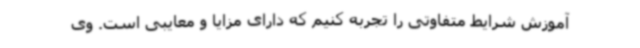
آموزش شرایط متفاوتی را تجربه کنیم که دارای مزایا و معایبی است. وی